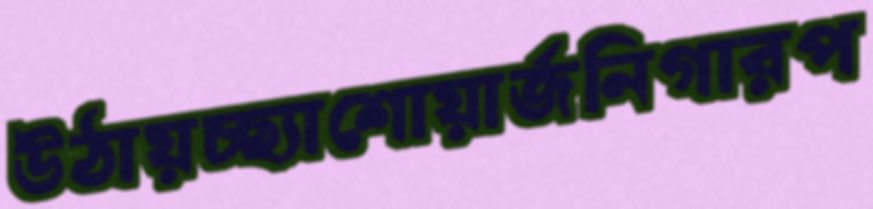
উঠায়চ্ছ্যাশোয়ার্জনিগারপ